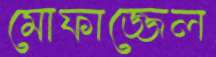
মোফাজ্জেল